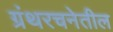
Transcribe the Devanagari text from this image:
ग्रंथरचनेतील